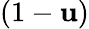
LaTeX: (1-\mathbf{u})